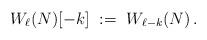
LaTeX: \begin{align*} W_\ell(N)[-k] \ := \ W_{\ell-k}(N) \,.\end{align*}